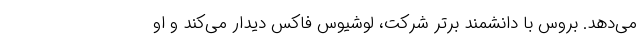
می‌دهد. بروس با دانشمند برتر شرکت، لوشیوس فاکس دیدار می‌کند و او